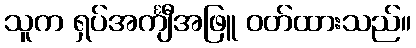
သူက ရှပ်အင်္ကျီအဖြူ ဝတ်ထားသည်။